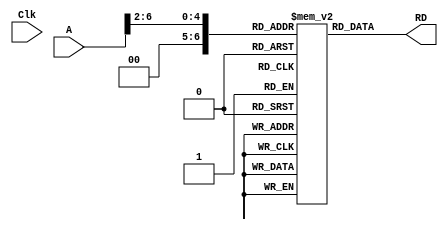
module Rom	#(
parameter	WIDTH_ROM = 32,
parameter	DEPTH_ROM = 100
)(
input	wire	Clk,
input	wire	[$clog2 (DEPTH_ROM)-1:0] A,
output	reg		[WIDTH_ROM-1:0]	RD 	) ;

reg	[WIDTH_ROM-1:0]	Rom	[0:DEPTH_ROM-1];
integer iii;

/*initial 
    begin
		$readmemh ("Hexadecimal_File.txt", Rom);
    end
*/
always @ (*)
	begin
		RD = Rom [A>>2];
	end
	
endmodule